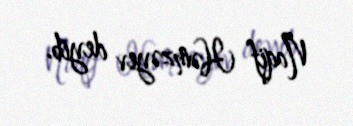
Naqif Həmzəyev deyib.